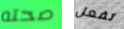
صحته تفعل